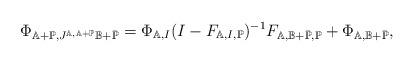
LaTeX: \begin{align*} \Phi_{\mathbb{A}+\mathbb{P},J^{\mathbb{A},\mathbb{A}+\mathbb{P}}\mathbb{B}+\bar{\mathbb{P}}}=\Phi_{\mathbb{A},I}(I-F_{\mathbb{A},I,\mathbb{P}})^{-1}F_{\mathbb{A},\mathbb{B}+\bar{\mathbb{P}},\mathbb{P}}+\Phi_{\mathbb{A},\mathbb{B}+\bar{\mathbb{P}}},\end{align*}